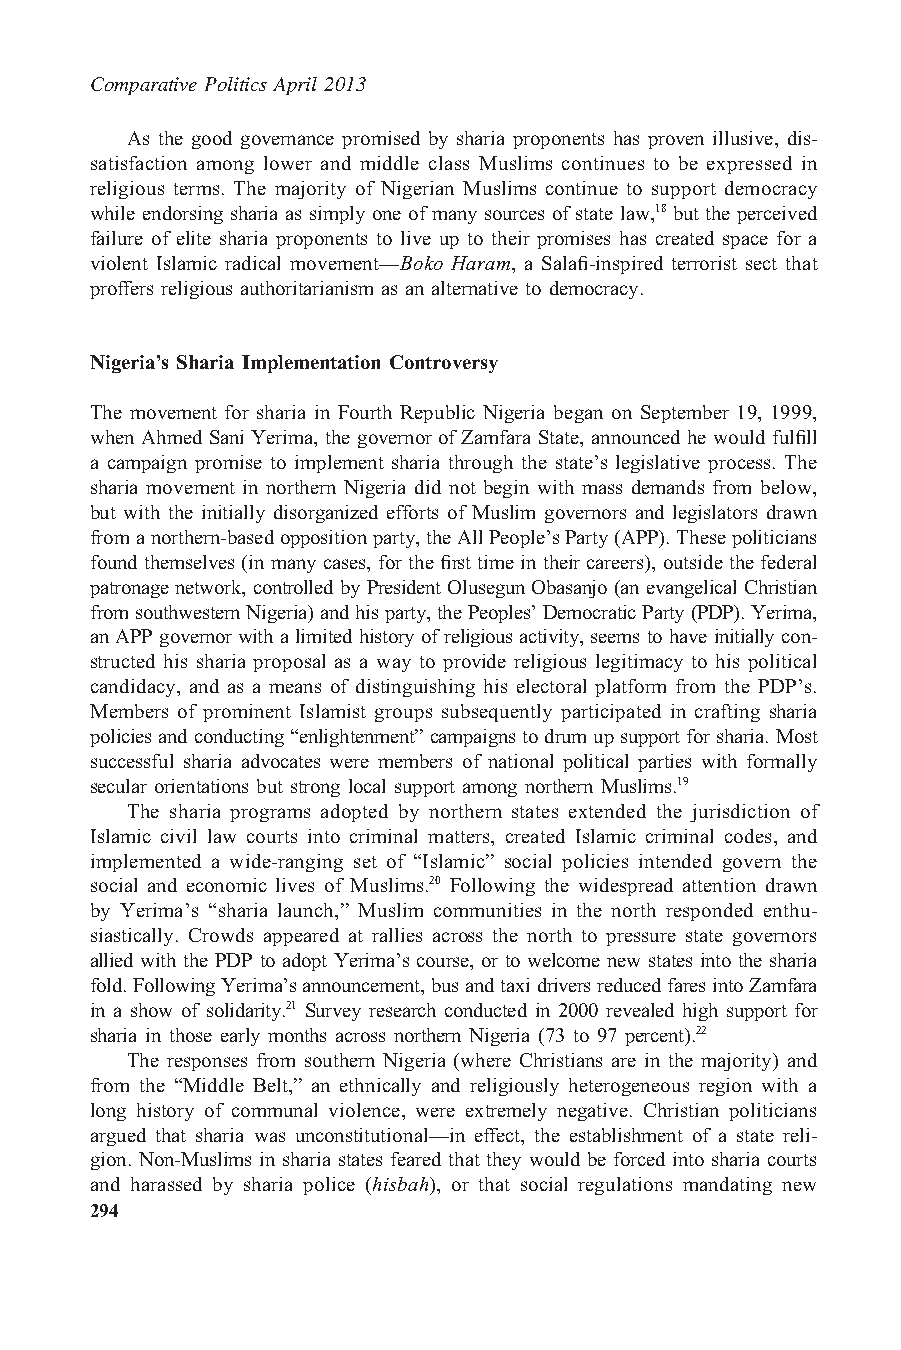
Comparative Politics April 2013
 As the good governance promised by sharia proponents has proven illusive, dis-
 satisfaction among lower and middle class Muslims continues to be expressed in
 religious terms. The majority of Nigerian Muslims continue to support democracy
 while endorsing sharia as simply one of many sources of state law,18 but the perceived
 failure of elite sharia proponents to live up to their promises has created space for a
 violent Islamic radical movement—Boko Haram, a Salafi-inspired terrorist sect that
 proffers religious authoritarianism as an alternative to democracy.
 Nigeria’s Sharia Implementation Controversy
 The movement for sharia in Fourth Republic Nigeria began on September 19, 1999,
 when Ahmed Sani Yerima, the governor of Zamfara State, announced he would fulfill
 a campaign promise to implement sharia through the state’s legislative process. The
 sharia movement in northern Nigeria did not begin with mass demands from below,
 but with the initially disorganized efforts of Muslim governors and legislators drawn
 fromanorthern-basedoppositionparty,theAllPeople’sParty(APP).Thesepoliticians
 found themselves (in many cases, for the first time in their careers), outside the federal
 patronagenetwork, controlled byPresidentOlusegunObasanjo(anevangelical Christian
 fromsouthwesternNigeria)andhisparty,thePeoples’DemocraticParty(PDP).Yerima,
 anAPP governorwitha limitedhistory of religious activity, seems to haveinitially con-
 structed his sharia proposal as a way to provide religious legitimacy to his political
 candidacy, and as a means of distinguishing his electoral platform from the PDP’s.
 Members of prominent Islamist groups subsequently participated in crafting sharia
 policiesandconducting“enlightenment”campaignstodrumupsupportforsharia.Most
 successful sharia advocates were members of national political parties with formally
 secular orientations but strong local support among northern Muslims.19
 The sharia programs adopted by northern states extended the jurisdiction of
 Islamic civil law courts into criminal matters, created Islamic criminal codes, and
 implemented a wide-ranging set of “Islamic” social policies intended govern the
 social and economic lives of Muslims.20 Following the widespread attention drawn
 by Yerima’s “sharia launch,” Muslim communities in the north responded enthu-
 siastically. Crowds appeared at rallies across the north to pressure state governors
 allied with the PDP to adopt Yerima’s course, or to welcome new states into the sharia
 fold.FollowingYerima’sannouncement,busandtaxidriversreducedfaresintoZamfara
 in a show of solidarity.21 Survey research conducted in 2000 revealed high support for
 sharia in those early months across northern Nigeria (73 to 97 percent).22
 The responses from southern Nigeria (where Christians are in the majority) and
 from the “Middle Belt,” an ethnically and religiously heterogeneous region with a
 long history of communal violence, were extremely negative. Christian politicians
 argued that sharia was unconstitutional—in effect, the establishment of a state reli-
 gion. Non-Muslims in sharia states feared that they would be forced into sharia courts
 and harassed by sharia police (hisbah), or that social regulations mandating new
 294